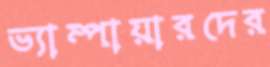
ভ্যাম্পায়ারদের